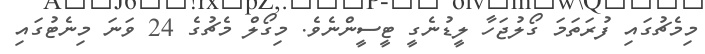
މިމެޗުގައި ފުރަތަމަ ގޯލުޖަހާ ލީޑުނެގީ ޓީސީންނެވެ. މިގޯލް މެޗުގެ 24 ވަނަ މިނެޓުގައި